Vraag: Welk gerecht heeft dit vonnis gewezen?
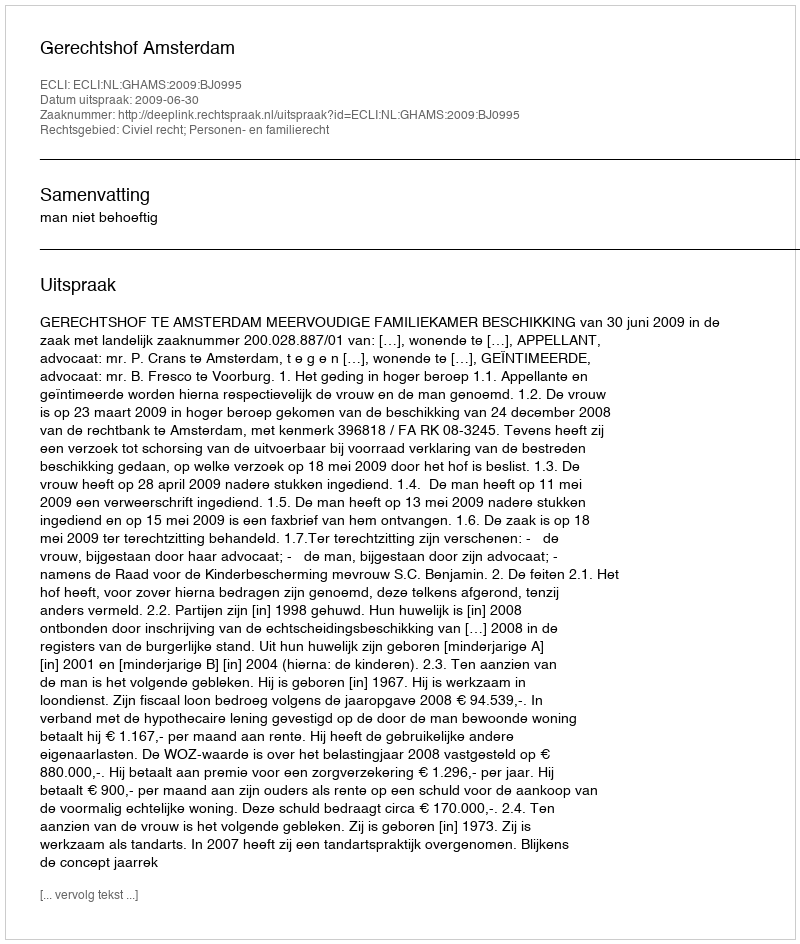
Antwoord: Gerechtshof Amsterdam